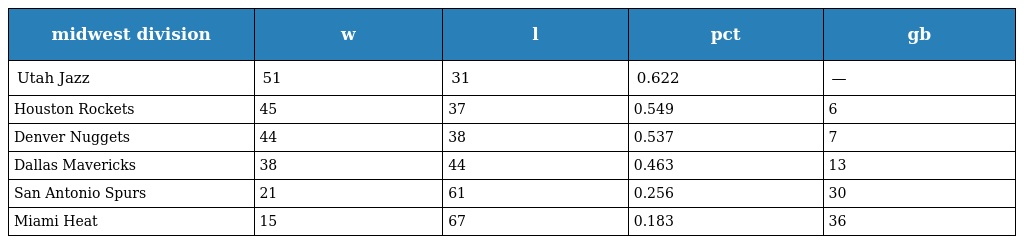
| midwest division | w | l | pct | gb |
 | --- | --- | --- | --- | --- |
 | Utah Jazz | 51 | 31 | 0.622 | — |
 | Houston Rockets | 45 | 37 | 0.549 | 6 |
 | Denver Nuggets | 44 | 38 | 0.537 | 7 |
 | Dallas Mavericks | 38 | 44 | 0.463 | 13 |
 | San Antonio Spurs | 21 | 61 | 0.256 | 30 |
 | Miami Heat | 15 | 67 | 0.183 | 36 |